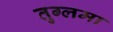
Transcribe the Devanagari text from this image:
तुग्लमा